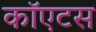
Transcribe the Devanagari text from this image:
कॉएटस